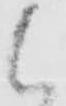
候